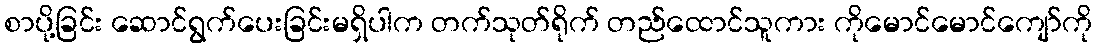
စာပို့ခြင်း ဆောင်ရွက်ပေးခြင်းမရှိပါက တက်သုတ်ရိုက် တည်ထောင်သူကား ကိုမောင်မောင်ကျော်ကို